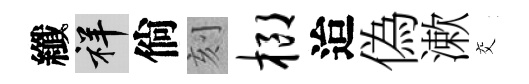
纖祥倘刻榔迨偽漱交